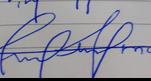
Signature authenticity: forged